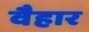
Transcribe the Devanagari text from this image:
वैहार